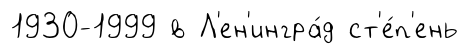
1930-1999 в Л'ен'ингра́д ст'е́п'ень